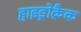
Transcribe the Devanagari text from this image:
हाइड्रोक्रैक